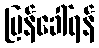
ပြန်ခေါ်ရန်